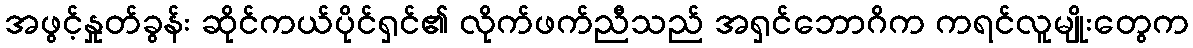
အဖွင့်နှုတ်ခွန်း ဆိုင်ကယ်ပိုင်ရှင်၏ လိုက်ဖက်ညီသည် အရှင်ဘောဂိက ကရင်လူမျိုးတွေက